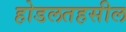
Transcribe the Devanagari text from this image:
होडलतहसील